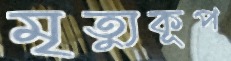
মৃত্যুকূপ